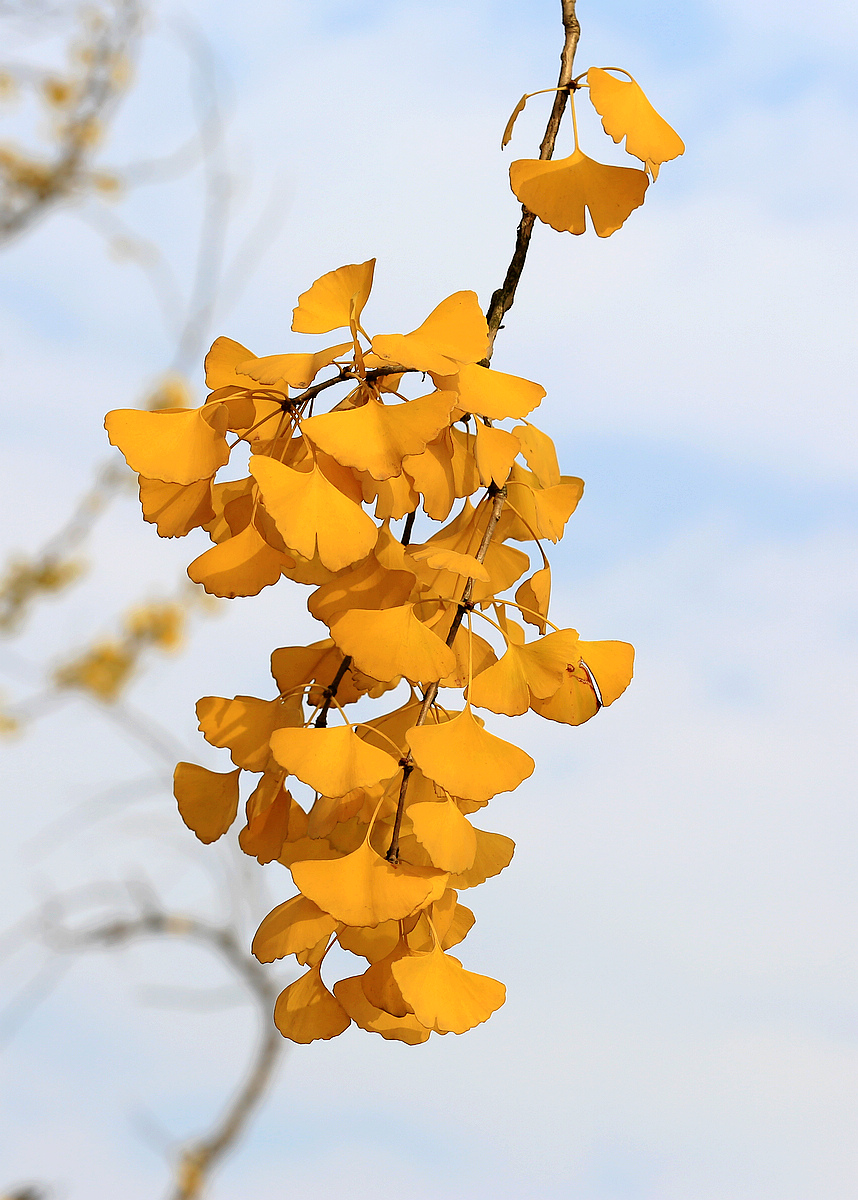
榈庭多落叶，慨然知已秋。